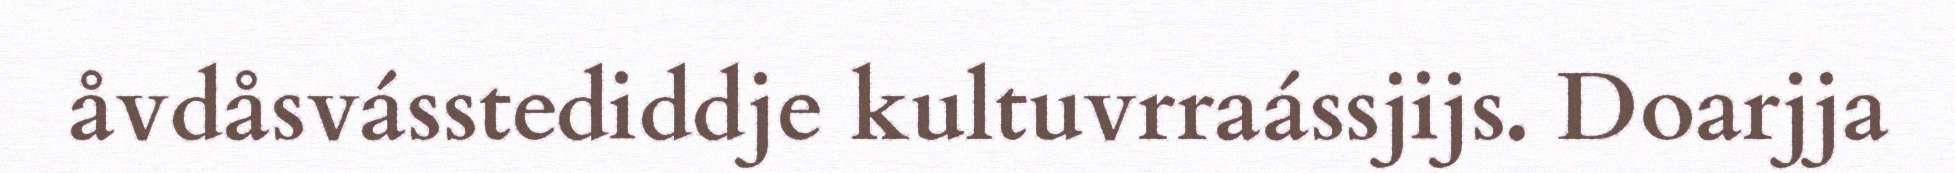
åvdåsvásstediddje kultuvrraássjijs. Doarjja